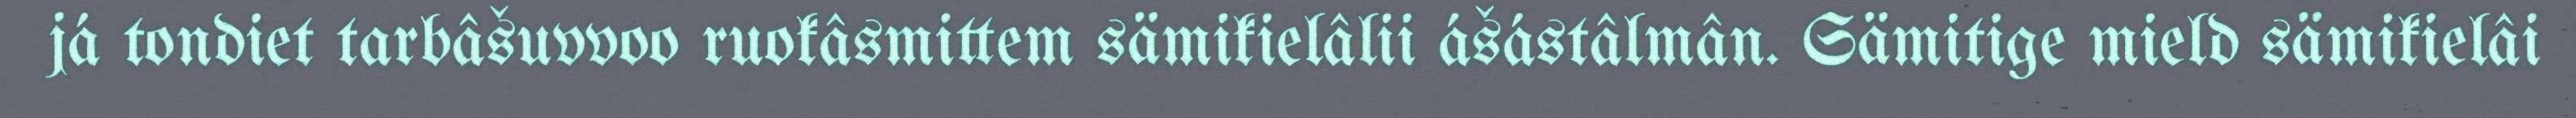
já tondiet tarbâšuvvoo ruokâsmittem sämikielâlii ášástâlmân. Sämitige mield sämikielâi